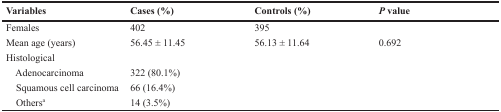
| Variables | Cases (%) | Controls (%) | P value |
 | --- | --- | --- | --- |
 | Females | 402 | 395 |  |
 | Mean age (years) | 56.45 ± 11.45 | 56.13 ± 11.64 | 0.692 |
 | Histological |  |  |  |
 | Adenocarcinoma | 322 (80.1%) |  |  |
 | Squamous cell carcinoma | 66 (16.4%) |  |  |
 | Othersa | 14 (3.5%) |  |  |